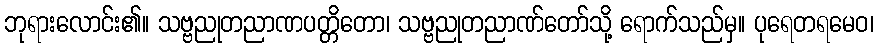
ဘုရားလောင်း၏။ သဗ္ဗညုတညာဏပတ္တိတော၊ သဗ္ဗညုတညာဏ်တော်သို့ ရောက်သည်မှ။ ပုရေတရမေဝ၊